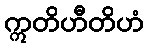
ဣတိဟီတိဟံ